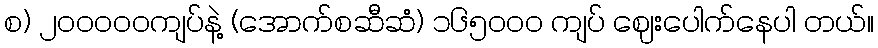
စ) ၂၀ဝဝဝ၀ကျပ်နဲ့ (အောက်စဆီဆံ) ၁၆၅၀ဝ၀ ကျပ် ဈေးပေါက်နေပါ တယ်။